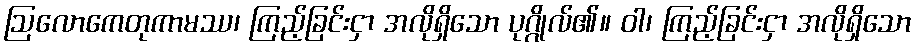
ဩလောကေတုကာမဿ၊ ကြည့်ခြင်းငှာ အလိုရှိသော ပုဂ္ဂိုလ်၏။ ဝါ၊ ကြည့်ခြင်းငှာ အလိုရှိသော